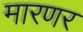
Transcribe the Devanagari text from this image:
मारणर